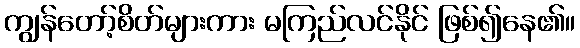
ကျွန်တော့်စိတ်များကား မကြည်လင်နိုင် ဖြစ်၍နေ၏။